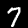
Digit: 7